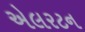
એલરટન